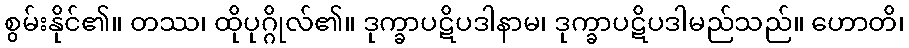
စွမ်းနိုင်၏။ တဿ၊ ထိုပုဂ္ဂိုလ်၏။ ဒုက္ခာပဋိပဒါနာမ၊ ဒုက္ခာပဋိပဒါမည်သည်။ ဟောတိ၊